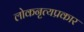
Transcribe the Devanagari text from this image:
लोकनृत्यप्रकार